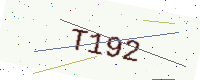
Text: T192